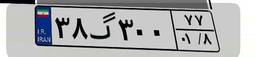
۳۸گ۳۰۰۷۷